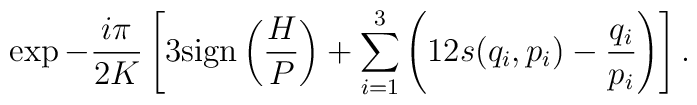
\exp-\frac{i\pi}{2K}\left[3{\rm sign}\left(\frac{H}{P}\right)+\sum_{i=1}^{3}\left(12s(q_{i},p_{i})-\frac{q_{i}}{p_{i}}\right)\right].